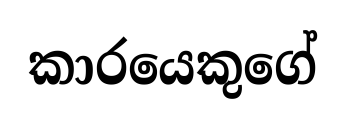
කාරයෙකුගේ